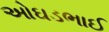
ઓઘડભાઈ